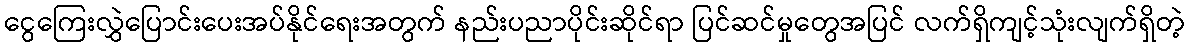
ငွေကြေးလွှဲပြောင်းပေးအပ်နိုင်ရေးအတွက် နည်းပညာပိုင်းဆိုင်ရာ ပြင်ဆင်မှုတွေအပြင် လက်ရှိကျင့်သုံးလျက်ရှိတဲ့